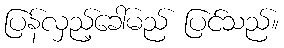
ပြန်လှည့်ခေါ်မည် ပြင်သည်။